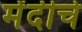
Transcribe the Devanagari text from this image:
मेंदीचे